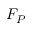
F _ { P }